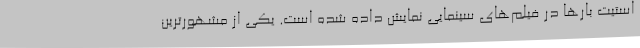
استیت بار‌ها در فیلم‌های سینمایی نمایش داده شده است. یکی از مشهورترین